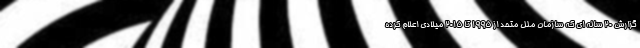
گزارش ۲۰ ساله ای که سازمان ملل متحد از ۱۹۹۵ تا ۲۰۱۵ میلادی اعلام کرده